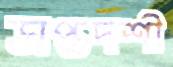
সপ্তদশী